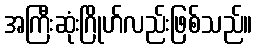
အကြီးဆုံးဂြိုဟ်လည်းဖြစ်သည်။